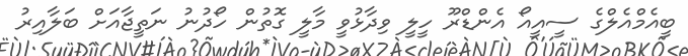
ބީއެމްއެލްގެ ސީއީއޯ އެންޑްރޫ ހީލީ ވިދާޅުވީ މާލީ ގޮތުން ހޯދުނު ނަތީޖާއަށް ބަލާއިރު